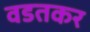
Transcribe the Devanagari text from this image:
वडतकर